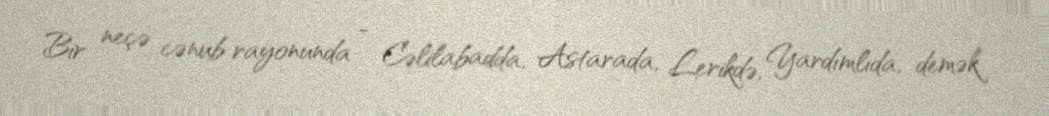
Bir neçə cənub rayonunda - Cəlilabadda, Astarada, Lerikdə, Yardımlıda, demək